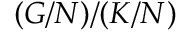
( G / N ) / ( K / N )